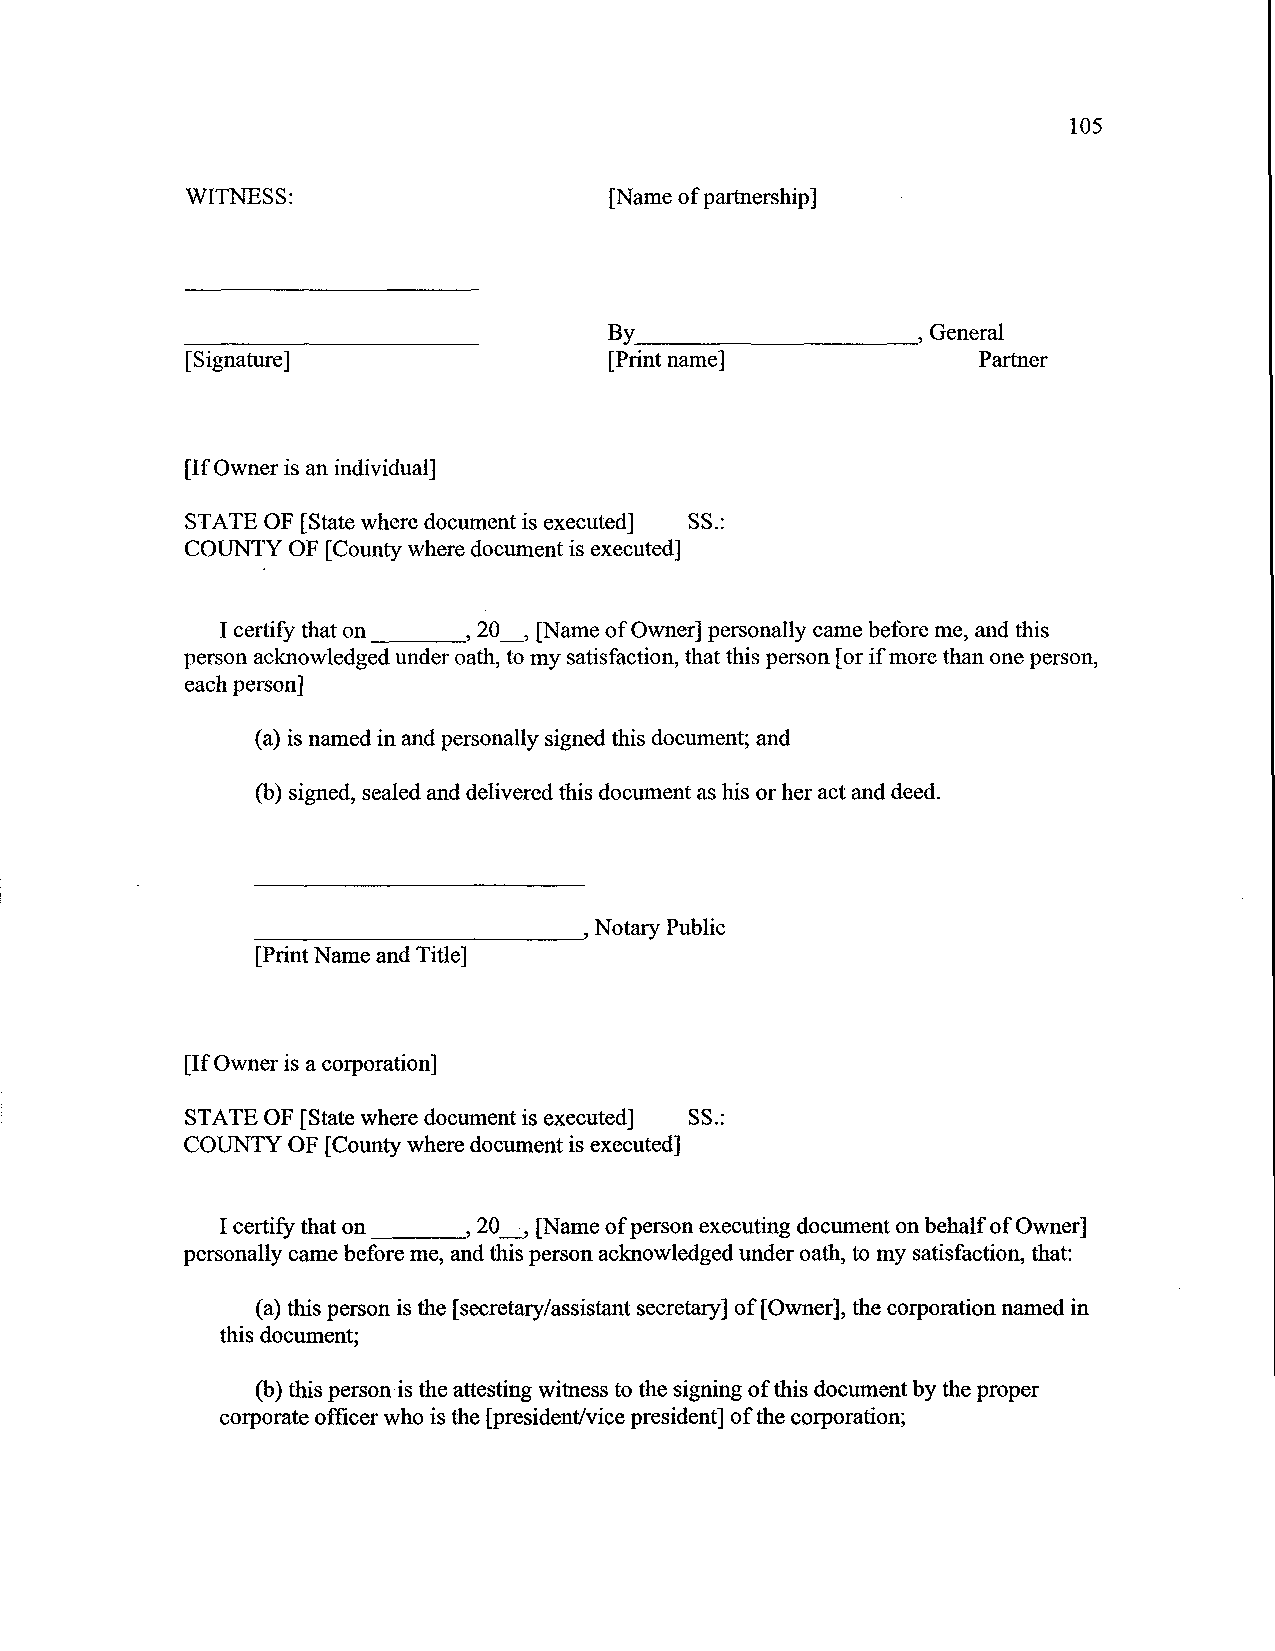
105
 WITNESS:                    [Name of partnership]
 [Signature]                 [Print name]             Partner
 [If Owner is an individual]
 STATE OF [State where document is executed] SS.:
 COUNTY OF [County where document is executed]
 I certify that on , 20 , [Name of Owner] personally came before me, and this
 person acknowledged under oath, to my satisfaction, that this person [or if more than one person,
 each person]
 (a) is named in and personally signed this document; and
 (b)signed, sealed and delivered this document as his or her act and deed.
 Notary Public
 [Print Name and Title]
 [If Owner is a corporation]
 STATE OF [State where document is executed] SS.:
 COUNTY OF [County where document is executed]
 I certify that on , 20 [Name of person executing document on behalf of Owner]
 personally came before me, and this person acknowledged under oath, to my satisfaction, that:
 (a)this person is the [secretary/assistant secretary] of [Owner], the corporation named in
 this document;
 (b)this person is the attesting witness to the signing of this document by the proper
 corporate offrcer who is the [president/vice president] of the corporation;